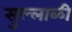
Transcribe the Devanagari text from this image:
सुल्लाळी